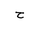
Letter: _ha